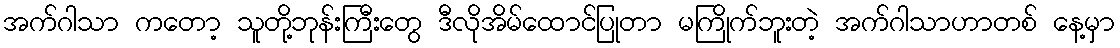
အက်ဂါသာ ကတော့ သူတို့ဘုန်းကြီးတွေ ဒီလိုအိမ်ထောင်ပြုတာ မကြိုက်ဘူးတဲ့ အက်ဂါသာဟာတစ် နေ့မှာ